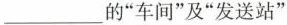
___的”车间”及”发送站”